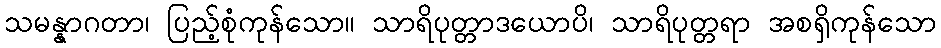
သမန္နာဂတာ၊ ပြည့်စုံကုန်သော။ သာရိပုတ္တာဒယောပိ၊ သာရိပုတ္တရာ အစရှိကုန်သော